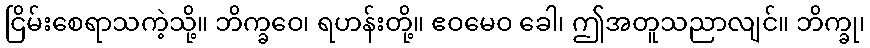
ငြိမ်းစေရာသကဲ့သို့။ ဘိက္ခဝေ၊ ရဟန်းတို့။ ဧဝမေဝ ခေါ၊ ဤအတူသညာလျင်။ ဘိက္ခု၊